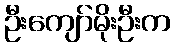
ဦးကျော်မိုးဦးက